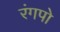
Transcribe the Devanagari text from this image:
रंगपो